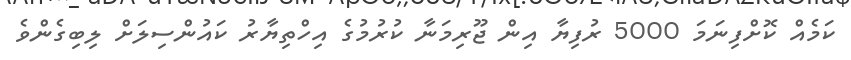
ކަމެއް ކޮށްފިނަމަ 5000 ރުފިޔާ އިން ޖޫރިމަނާ ކުރުމުގެ އިހްތިޔާރު ކައުންސިލަށް ލިބިގެންވެ